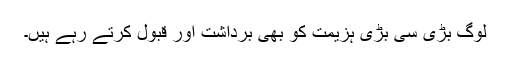
لوگ بڑی سی بڑی ہزیمت کو بھی برداشت اور قبول کرتے رہے ہیں۔